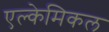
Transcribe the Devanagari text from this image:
एल्केमिकल